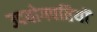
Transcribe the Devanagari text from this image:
उदयोगपतियों